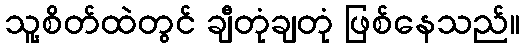
သူ့စိတ်ထဲတွင် ချီတုံချတုံ ဖြစ်နေသည်။